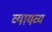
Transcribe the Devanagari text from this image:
व्यायव्य